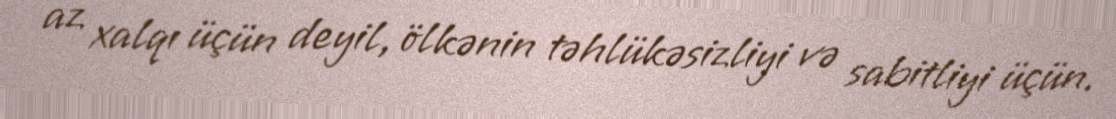
az xalqı üçün deyil, ölkənin təhlükəsizliyi və sabitliyi üçün.